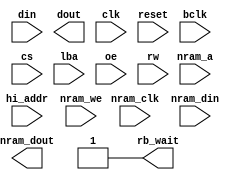
module novena_eim(
		  input wire [15:0] din,
		  output wire [15:0] dout,
		  input wire clk,
		  input wire reset,

		  input wire bclk,
		  input wire [1:0] cs,
		  input wire [18:16] hi_addr,
		  input wire lba,
		  input wire oe,
		  input wire rw,
		  output wire rb_wait,

		  input nram_clk,
		  input [15:0] nram_a,
		  input [7:0] nram_din,
		  output [7:0] nram_dout,
		  input nram_we
		  
		  );

   reg 		      bus_write;
   reg 		      rw_del;
   reg 		      lba_del;
   reg [18:0] 	      bus_addr;
   reg [15:0] 	      bus_data;

   reg [15:0] 	      din_r;
   reg 		      rw_r;
   reg 		      cs0_r;
   reg [18:0] 	      addr_r;
   reg 		      lba_r;

   always @(posedge bclk) begin
      addr_r <= {hi_addr, din};
      cs0_r <= cs[0];
      rw_r <= rw;
      din_r <= din;
      lba_r <= lba;
   end

   // leave out the EIM ram on the DDR3 implementation, freeing up space for chipscope
//   novena_eim2 eimram(
//		   .clka(bclk),
//		   .ena(!cs0_r && (bus_addr[18:16] == 3'b0)),
//		   .wea(!rw_r),
//		   .addra(bus_addr[15:1]),
//		   .douta(dout[15:0]),
//		   .dina(din_r[15:0]),
		      
//		   .clkb(nram_clk),
//		   .addrb(nram_a[15:0]),
//		   .web(nram_we),
//		   .dinb(nram_din),
//		   .doutb(nram_dout)
//		   );

   always @(posedge bclk) begin
      if( !lba ) begin // latch address on LBA low
	 bus_addr <= {hi_addr, din};
      end else begin
	 bus_addr <= bus_addr;
      end
   end

   assign rb_wait = 1'b1; // wait is active low, no wait state for now
   
endmodule